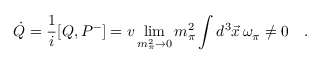
\dot { Q } = \frac { 1 } { i } [ Q , P ^ { - } ] = v \operatorname * { l i m } _ { m _ { \pi } ^ { 2 } \rightarrow 0 } m _ { \pi } ^ { 2 } \int d ^ { 3 } \vec { x } \, \omega _ { \pi } \neq 0 \quad .